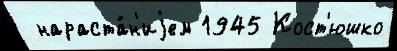
 нараста́н'иjем 1945 Кост'юшко